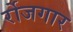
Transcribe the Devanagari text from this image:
र्रोजगार